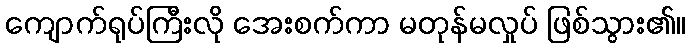
ကျောက်ရုပ်ကြီးလို အေးစက်ကာ မတုန်မလှုပ် ဖြစ်သွား၏။